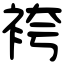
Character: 袴